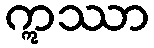
ဣဿာ